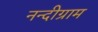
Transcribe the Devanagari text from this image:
नन्दीग्राम